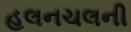
હલનચલની